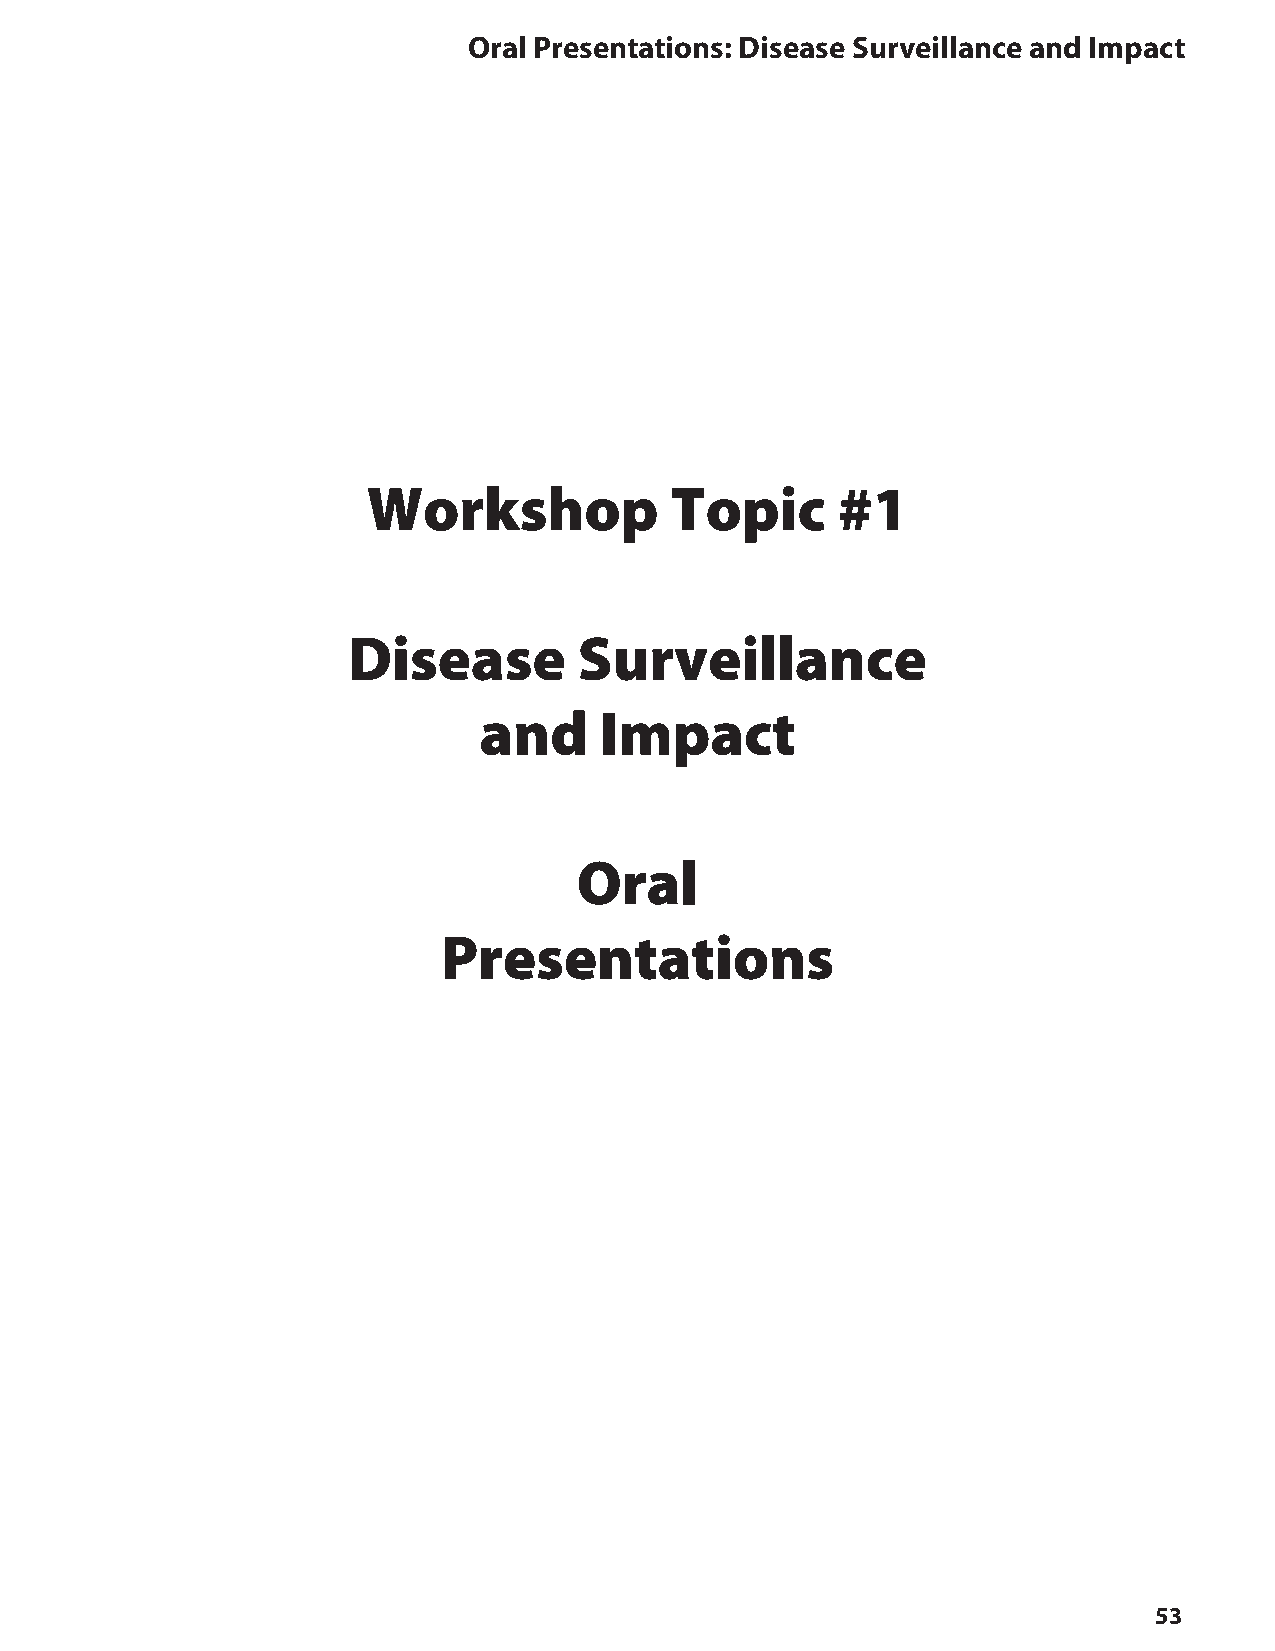
oral Presentations: Disease Surveillance and Impact
 Workshop            Topic      #1
 Disease        Surveillance
 and     Impact
 Oral
 Presentations
 53